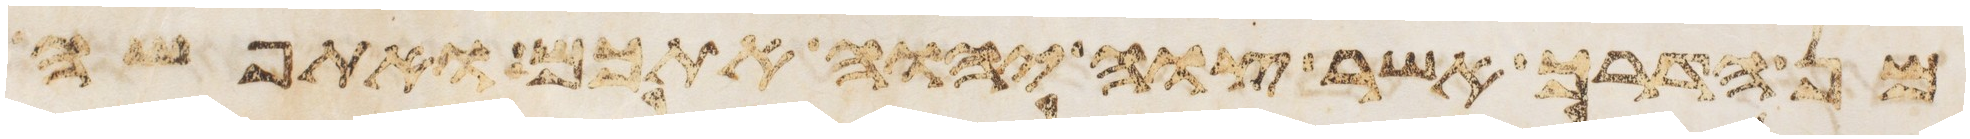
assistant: מן הדרך אשר צוה יהוה אתכם ואתפשה